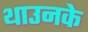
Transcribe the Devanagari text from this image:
थाउनके